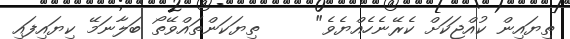
ތިޔައިން ކުއްޖަކަށް ކެރޭނެހެއްޔެވެ"     ތިޔަކަންތައްވޭތޯ ބަލާނަމޭ ކިޔައިފައި